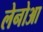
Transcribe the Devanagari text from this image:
लेनोआ